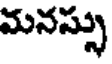
మనస్సు